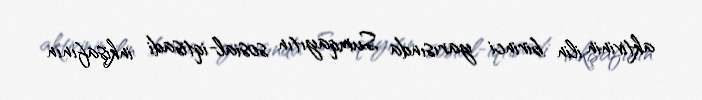
aktivinin ilin birinci yarısında Sumqayıtın sosial-iqtisadi inkişafının